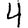
Digit: 4